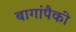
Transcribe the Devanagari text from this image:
बागांपैकी